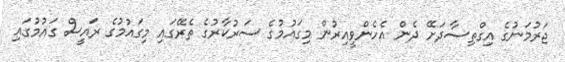
ޖަރުމަނުގެ އިގްތިސާދަށޭ ދެން އެހެންވީއިރުން މިގައުމުގެ ސަރުކާރުގެ ތެރޭގައި މިގައުމުގެ ރައީސް ގައުުމުގައި